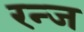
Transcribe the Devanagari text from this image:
रन्ज